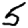
Digit: 5